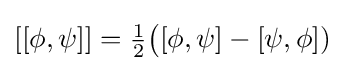
[[\phi ,\psi ]]={\tfrac {1}{2}}{\big (}[\phi ,\psi ]-[\psi ,\phi ]{\big .})